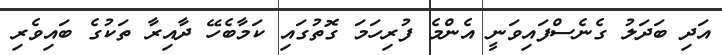
އަދި ބަދަލު ގެނެސްފައިވަނީ އެންމެ ފުރިހަމަ ގޮތުގައި ކަމާބެހޭ ދާއިރާ ތަކުގެ ބައިވެރި